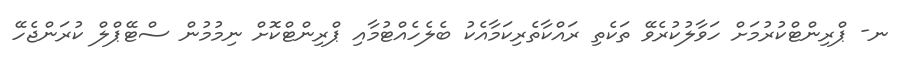
ނ- ޕްރިންޓްކުރުމަށް ހަވާލުކުރެވޭ ތަކެތި ރައްކާތެރިކަމާއެކު ބެލެހެއްޓުމާއި ޕްރިންޓްކޮށް ނިމުމުން ސްޓޭޕްލް ކުރަންޖެހޭ